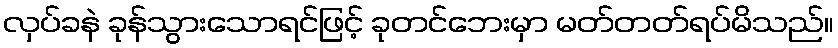
လှပ်ခနဲ ခုန်သွားသောရင်ဖြင့် ခုတင်ဘေးမှာ မတ်တတ်ရပ်မိသည်။